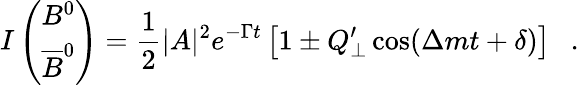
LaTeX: I\left(\begin{array}{c}{{B^{0}}}\\ {{\overline{{{B}}}^{0}}}\end{array}\right)=\frac{1}{2}|A|^{2}e^{-\Gamma t}\left[1\pm Q_{\perp}^{\prime}\cos(\Delta mt+\delta)\right]~~~.